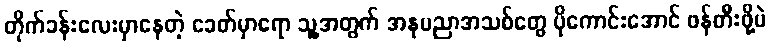
တိုက်ခန်းလေးမှာနေတဲ့ ခေတ်မှာရော သူ့အတွက် အနုပညာအသစ်တွေ ပိုကောင်းအောင် ဖန်တီးဖို့ပဲ